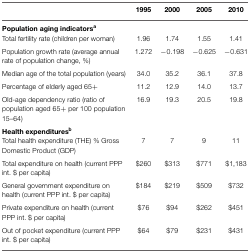
|  | 1995 | 2000 | 2005 | 2010 |
 | --- | --- | --- | --- | --- |
 | <COLSPAN=5> Population aging indicatorsa |
 | Total fertility rate (children per woman) | 1.96 | 1.74 | 1.55 | 1.41 |
 | Population growth rate (average annual rate of population change, %) | 1.272 | −0.198 | −0.625 | −0.631 |
 | Median age of the total population (years) | 34.0 | 35.2 | 36.1 | 37.8 |
 | Percentage of elderly aged 65+ | 11.2 | 12.9 | 14.0 | 13.7 |
 | Old-age dependency ratio (ratio of population aged 65+ per 100 population 15–64) | 16.9 | 19.3 | 20.5 | 19.8 |
 | <COLSPAN=5> Health expendituresb |
 | Total health expenditure (THE) % Gross Domestic Product (GDP) | 7 | 7 | 9 | 11 |
 | Total expenditure on health (current PPP int. $ per capita) | $260 | $313 | $771 | $1,183 |
 | General government expenditure on health (current PPP int. $ per capita) | $184 | $219 | $509 | $732 |
 | Private expenditure on health (current PPP int. $ per capita) | $76 | $94 | $262 | $451 |
 | Out of pocket expenditure (current PPP int. $ per capita) | $64 | $79 | $231 | $431 |